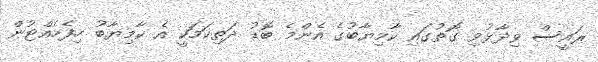
ރައީސް ވިދާޅުވި ގޮތުގައި ކާމިޔާބުގެ އެންމެ ބޮޑު ދަތިކަމަކީ އެ ކާމިޔާބު ހިފެހެއްޓުން